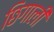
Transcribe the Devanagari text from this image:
छिगाली